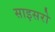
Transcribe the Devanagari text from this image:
साइसरो